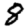
Digit: 8